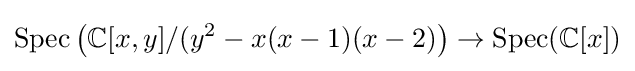
{\text{Spec}}\left({\mathbb {C} [x,y]}/{(y^{2}-x(x-1)(x-2)}\right)\to {\text{Spec}}(\mathbb {C} [x])